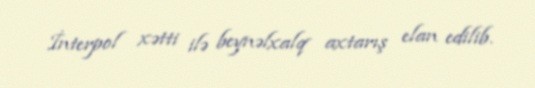
İnterpol xətti ilə beynəlxalq axtarış elan edilib.